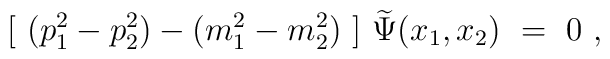
[\ (p_1^2-p_2^2) - (m_1^2-m_2^2)\ ]\ \widetilde \Psi (x_1,x_2)\ =\ 0\ ,